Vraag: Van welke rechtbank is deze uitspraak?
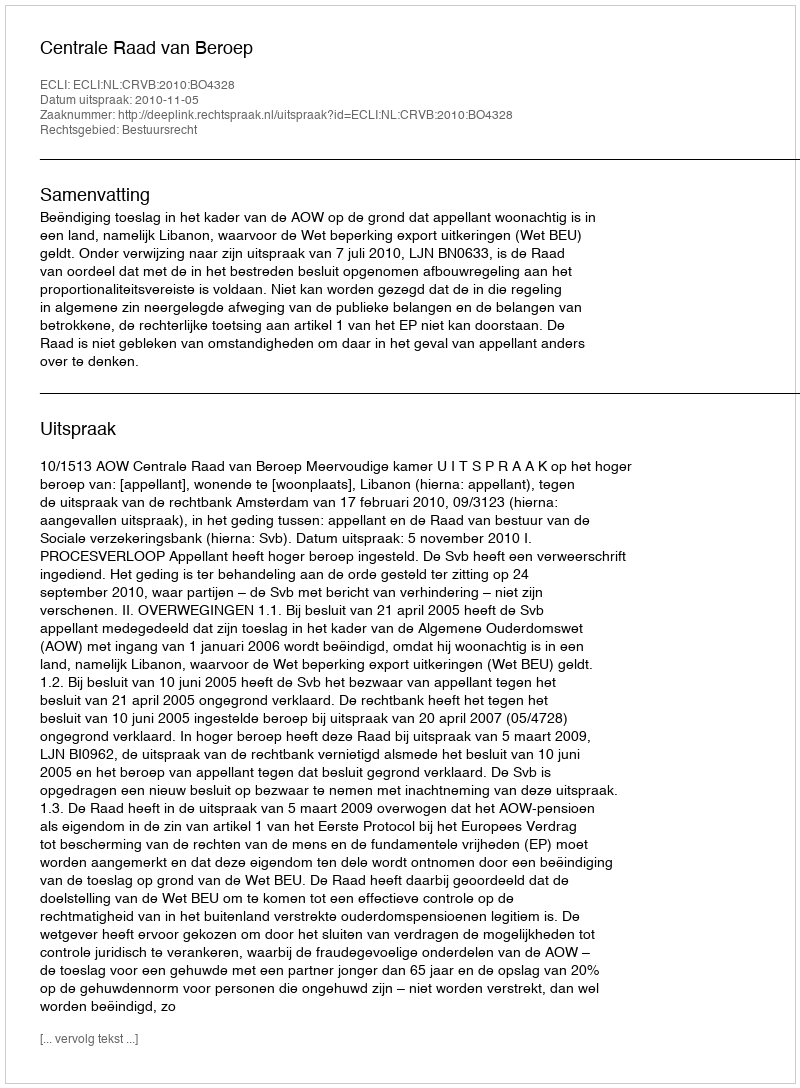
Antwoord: Centrale Raad van Beroep